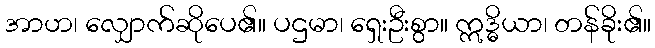
အာဟ၊ လျှောက်ဆိုပေ၏။ ပဌမာ၊ ရှေးဦးစွာ။ ဣဒ္ဓိယာ၊ တန်ခိုး၏။